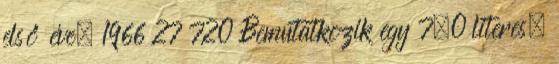
első éve. 1966 27 720 Bemutatkozik egy 7,0 literes,